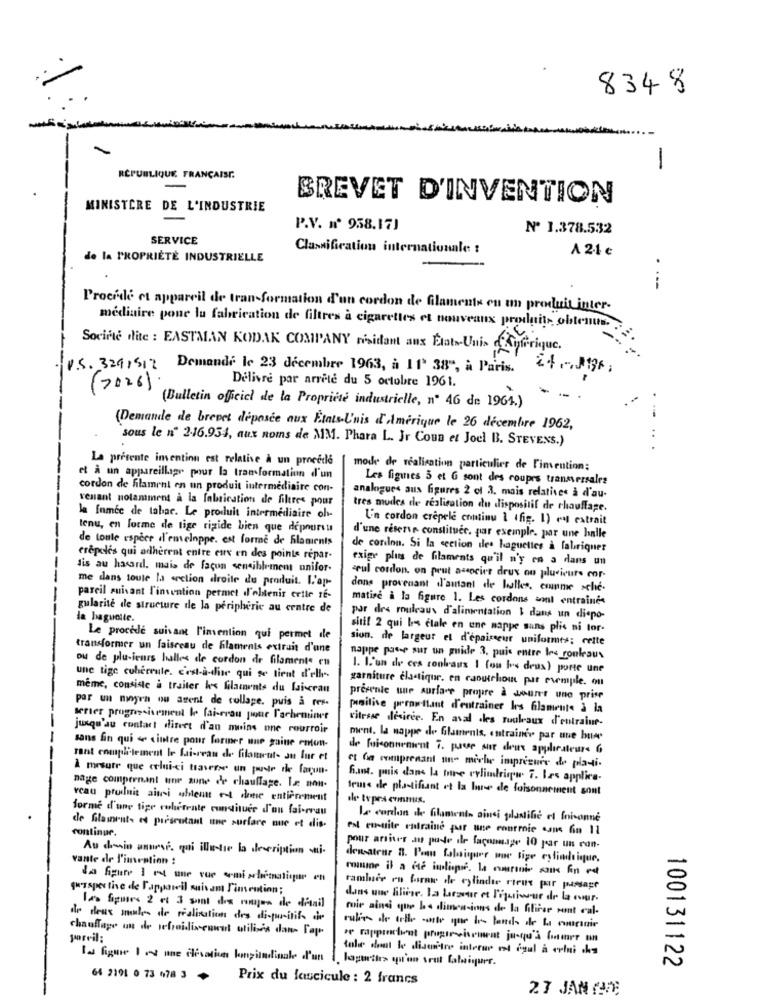
8348
-
-
RÉPUBLIQUE FRANÇAISE.
BREVET D'INVENTION
MINISTERE DE L'INDUSTRIE
P.V. Nº 958.171
Nº 1.378.532
SERVICE
Classification internationale :
A 2-4 €
de la PROPRIÉTÉ INDUSTRIELLE
---
Procide et appareil de transformation d'un cordon de filamente en un produit inter-
mediaire pone lu fabrication de filtres a cigarettes et nouveaux produits obtenus.
Socifte dite : EASTMAN KODAK COMPANY risidant aux Etats Unis d'Afrique.
V.S. 3241512 Demande le 23 décembre 1963, a 11 38", à Paris.
Delivre par arrêté du 5 octobre 1961.
(7026).
(Bulletin officiel de la Propriété industrielle, nº 46 de 1964.)
(Demande de brevet déposée aux Etats-unis d'Amerique le 26 décembre 1962,
sous le nº 2:16.954, aux noms de MM. Phara L. Jr Coun et Joel B. STEVENS.)
.. .
La presente imention est relative à un procedle
mode de réalisation particulier de l'invention;
et à un appareillage pour la tran formation d'un
Les figues 3 et G sont des coupes transversales
cordon de filament en un produit intermédiaire con-
venant notamment a la fabrication de filtres pour
analogues aus figures 2 cl 3. mais relatives à d'au-
tres mudes de realisation du dispositif de chauffage.
la fumec de tabac. Le produit intermediaire oh-
Un cordon crepele continu 1 (fig. 1) en extrait
lenu, en forme de tige rigide bien que depoursu
de toute espéer d'emeloppe est formé de filaments
d'une reserve constituée, par exemple. par une halle
de cordon. Si la section des baguettes à fabriquer
crepeles qui adherent entre eux en des points repar-
exige plus de filaments qu'il n'y ca a dans un
dis au hasard. mais de façon sensiblement unifor.
--
me dans toute la section droite du produit. L'op-
sul cordon. on peut associer deux ou plusieurs cor-
dons provenant d'autant de halles, comme sche-
pareil suivant l'invention permet d'obtenir ertle re-
matise à la figure 1. Les cordons sont entraine
--
gularite de structure de la peripherie au centre de
la baguette.
par des rouleau d'alimentation & dans un diepo-
sitil 2 qui bes clale en une nappe sans plis ni tor-
Le procede suivant l'invention qui permet dle
sion. de largeur et d'épaisseur uniformes: cette
transformer un faisceau de filaments extrait d'une
ou de plusieurs halles de cordon de filamente en
nappe pace sur un guide 3. puis entre les rouleaux
1. L'un de ces conleaus I fou h's deux) porte une
une tige coherente. c'est-à-dire qui se tient d'elle-
garniture elastique. en caoutchouc par remple. on
meme, consiste à traiter kes filaments du laicran
por un moyen ou arent de collage. puis a res-
presente une surface propre à Jouret une prise
positive perow-ttant d'eutrainer Irs filaments à la
serier progressivement Io lai-erou pour l'acheminer
vitesse desiree. En aval .les rouleaux d'entraine-
jusqu'au contact direct d'au moins one courroie
ment, la nappe de Glamenis, entrainer par une bun
sans fin qui < cintre pour former une gaine enon-
de fuisonnement 7. paese sur deux applicateurs 6
rant complitement le Sai-rean de filament- Ju Inr et
À mesure que celui-ci traverse un puste de facon-
et Ga comprenant un- miche imprezure de pla-
fast. puis dans la tore cylindrique 7. Les applica
nage comprenant une zune de chauffage. Lx non-
true de plastifiant et la lune de foisonnement sont
veau produit ainsi abient these entièrement
des topra commis.
forme d'une tige cohetente constituer d'un fai-rrau
Le cordon de filaments ainsi plastifié el foisonne
continue.
de Glements et presentant une surface nue et dis-
est em-site entraine par une courroie sans Gin 11
Au douin anurse. qui ilatie la description ai.
pour arriver au poste ile faconnage 10 par un con-
vante de l'imention !
densateur B. Pom falsiyuer wowe tige eyfindeique.
da figure 1 rut une vue ermishimatigar en
1Hospes tive de l'appareil muisam Timeution;
ramluce en forme de cylindie rieux por passage
dans une lilive. La forzaor et liquisur de la cour-
Las figues 2 et 3 saat die majon de ditail
moie ainsi que b 4 dimensions de la bilirse sont cal-
de deux males de réalisation des disuritifs die
chauffage on de refroidissement utilisés dans Fap
rutin de arte air que l' banco de La cournie
pareil:
se rapprochent propor-vivement jusqu'à (ommer un
tole dont le disenitre interur et gul à celui che
Is figue I est une clévation longitudinale d'un
loguethe> qu'on sout fabriquer.
100131122
64 2191 0 73 078 3
Prix du fascicule : 2 francs
27 JAN (JE